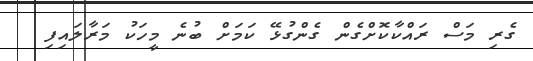
ގެރި މަސް ރައްކާކޮށްގެން ގެންގުޅޭ ކަމަށް ބުނެ މީހަކު މަރާލައިފި